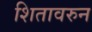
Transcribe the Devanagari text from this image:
शितावरुन